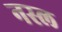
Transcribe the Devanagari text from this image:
नस्‍ल